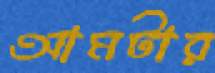
আমটার